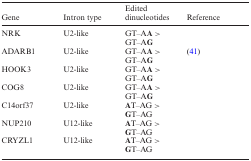
<table><thead><tr><td><b>Gene</b></td><td><b>Intron type</b></td><td><b>Edited dinucleotides</b></td><td><b>Reference</b></td></tr></thead><tbody><tr><td>NRK</td><td>U2-like</td><td>GT–A<b>A</b> &gt; GT–A<b>G</b></td><td></td></tr><tr><td>ADARB1</td><td>U2-like</td><td>GT–A<b>A</b> &gt; GT–A<b>G</b></td><td>(41)</td></tr><tr><td>HOOK3</td><td>U2-like</td><td>GT–A<b>A</b> &gt; GT–A<b>G</b></td><td></td></tr><tr><td>COG8</td><td>U2-like</td><td>GT–A<b>A</b> &gt; GT–A<b>G</b></td><td></td></tr><tr><td>C14orf37</td><td>U2-like</td><td><b>A</b>T–AG &gt; <b>G</b>T–AG</td><td></td></tr><tr><td>NUP210</td><td>U12-like</td><td><b>A</b>T–AG &gt; <b>G</b>T–AG</td><td></td></tr><tr><td>CRYZL1</td><td>U12-like</td><td><b>A</b>T–AG &gt; <b>G</b>T–AG</td><td></td></tr></tbody></table>